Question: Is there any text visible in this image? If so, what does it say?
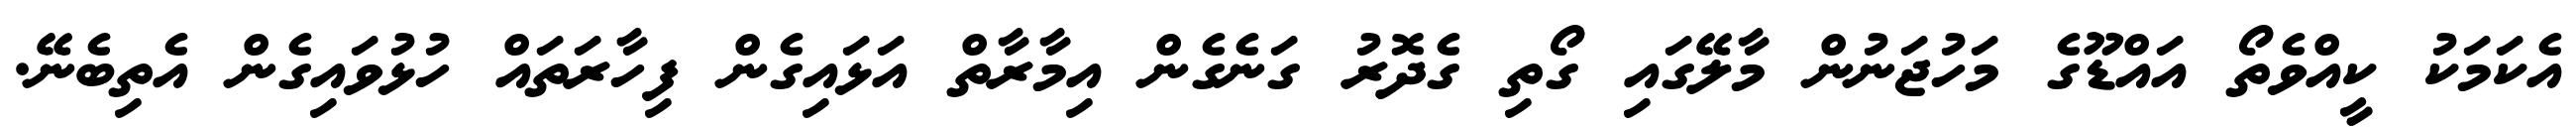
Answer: އެކަމަކު ކީއްވެތޯ އައްޑޫގެ މަހުޖަނުން މާލޭގައި ގޯތި ގެދޮރު ގަނެގެން އިމާރާތް އަޅައިގެން ފިހާރަތައް ހުޅުވައިގެން އެތިބެނޭ.